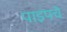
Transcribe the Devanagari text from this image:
पाइपचे